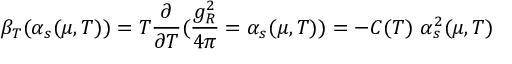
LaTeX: \beta _ { T } ( \alpha _ { s } ( \mu , T ) ) = T \frac { \partial } { \partial T } ( \frac { g _ { R } ^ { 2 } } { 4 \pi } = \alpha _ { s } ( \mu , T ) ) = - C ( T ) \ \alpha _ { s } ^ { 2 } ( \mu , T )